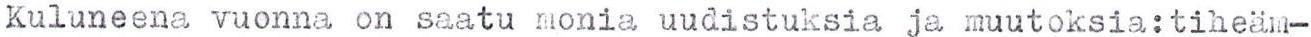
Kuluneena vuonna on saatu monia uudistuksia ja muutoksia:tiheäm-